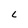
Character: L